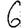
Digit: 6